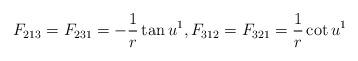
LaTeX: \begin{align*} F_{213}=F_{231}=-\frac{1}{r}\tan u^1, F_{312}=F_{321}=\frac{1}{r}\cot u^1\end{align*}